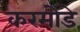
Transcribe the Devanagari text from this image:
करमोडे